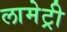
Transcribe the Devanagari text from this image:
लामेट्री